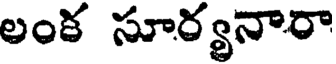
లంక సూర్యనారా